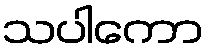
သပါကော